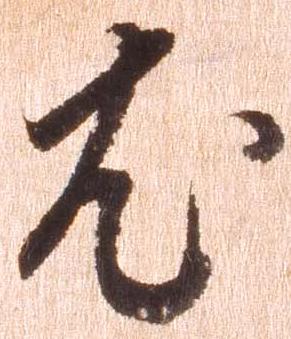
尤